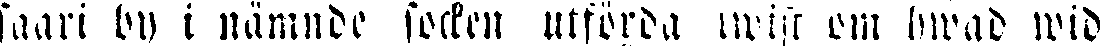
saari by i nämnde socken utförda lwist om hwad wid